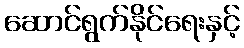
ဆောင်ရွက်နိုင်ရေးနှင့်